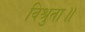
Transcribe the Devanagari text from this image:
विश्रुता॥